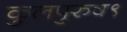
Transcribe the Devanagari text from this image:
कुलपुरुष९